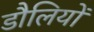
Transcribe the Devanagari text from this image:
डौलियों